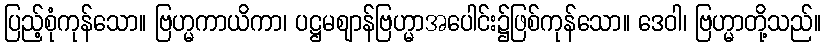
ပြည့်စုံကုန်သော။ ဗြဟ္မကာယိကာ၊ ပဋ္ဌမဈာန်ဗြဟ္မာအပေါင်း၌ဖြစ်ကုန်သော။ ဒေဝါ၊ ဗြဟ္မာတို့သည်။